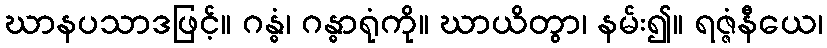
ဃာနပသာဒဖြင့်။ ဂန္ဓံ၊ ဂန္ဓာရုံကို။ ဃာယိတွာ၊ နမ်း၍။ ရဇ္ဇံနီယေ၊